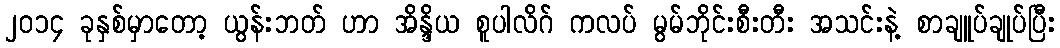
၂၀၁၄ ခုနှစ်မှာတော့ ယွန်းဘတ် ဟာ အိန္ဒိယ စူပါလိဂ် ကလပ် မွမ်ဘိုင်းစီးတီး အသင်းနဲ့ စာချူပ်ချုပ်ပြီး